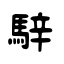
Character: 騂